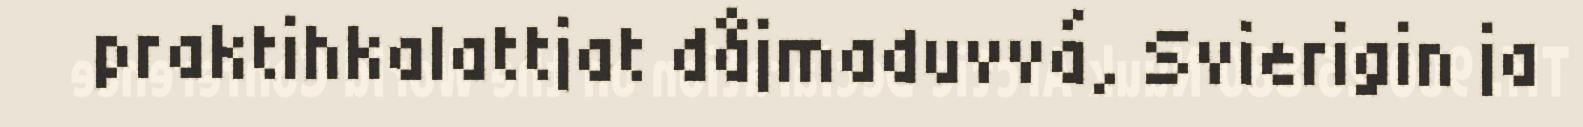
praktihkalattjat dåjmaduvvá, Svierigin ja